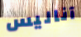
آناليس